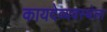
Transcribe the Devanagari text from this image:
कायदेव्यवस्थेला